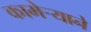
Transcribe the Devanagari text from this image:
कामेर्‍याने